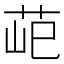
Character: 䒻